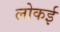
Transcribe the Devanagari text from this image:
लोकई